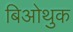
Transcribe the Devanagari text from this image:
बिओथुक